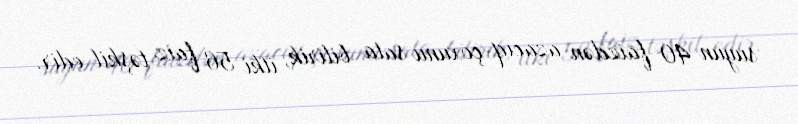
suyun 40 faizdən azacıq çoxunu sata bilirik, itki 56 faiz təşkil edir.